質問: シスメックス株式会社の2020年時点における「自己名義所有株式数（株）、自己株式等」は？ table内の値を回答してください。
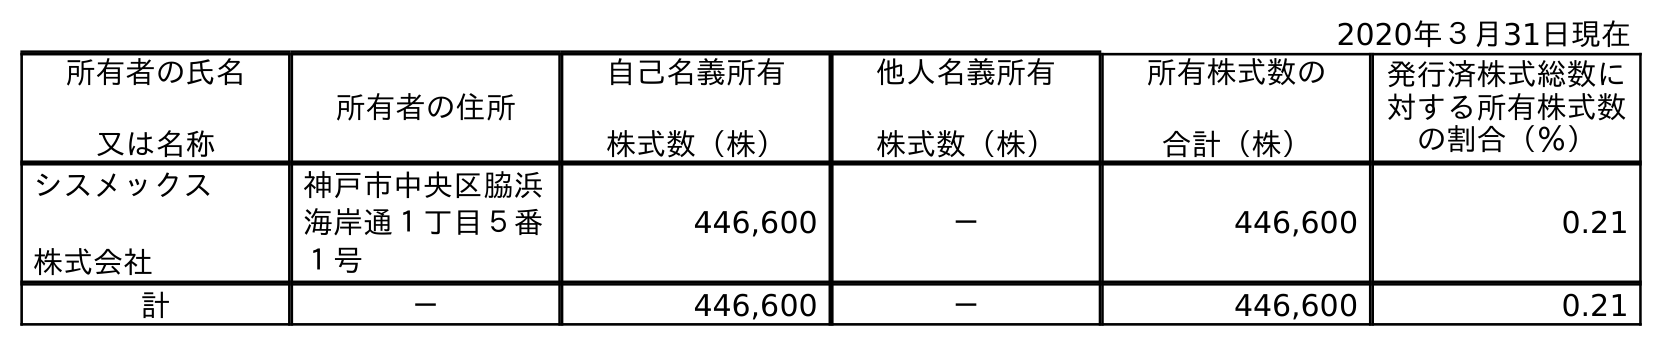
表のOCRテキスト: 2020年３月31日現在 所有者の氏名 又は名称 所有者の住所 自己名義所有 株式数（株） 他人名義所有 株式数（株） 所有株式数の 合計（株） 発行済株式総数に 対する所有株式数 の割合（％） シスメックス 株式会社 神戶市中央区脇浜 海岸通１丁目５番 １号 446,600 － 446,600 0.21 計 － 446,600 － 446,600 0.21
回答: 446,600